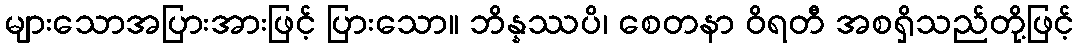
များသောအပြားအားဖြင့် ပြားသော။ ဘိန္နဿပိ၊ စေတနာ ဝိရတီ အစရှိသည်တို့ဖြင့်